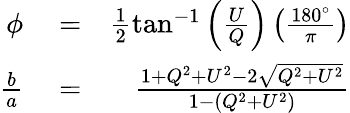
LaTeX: \begin{array}{rlr}{\phi}&{{}=}&{\frac{1}{2}\tan^{-1}\left(\frac{U}{Q}\right)\left(\frac{180^{\circ}}{\pi}\right)}\\ {\frac{b}{a}}&{{}=}&{\frac{1+Q^{2}+U^{2}-2\sqrt{Q^{2}+U^{2}}}{1-\left(Q^{2}+U^{2}\right)}}\end{array}